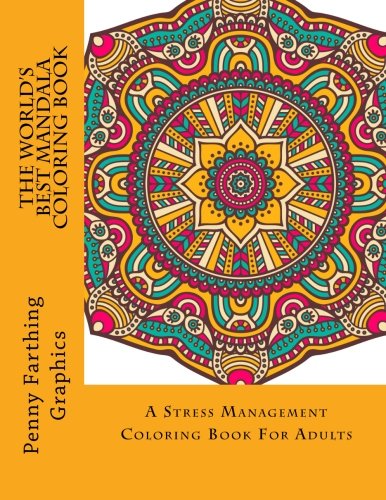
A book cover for The World's Best Mandala Coloring Book: A Stress Management Coloring Book For Adults (Adult Coloring Books); Adult Coloring Books; Crafts, Hobbies & Home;